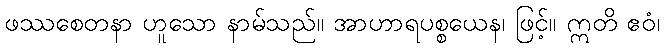
ဖဿစေတနာ ဟူသော နာမ်သည်။ အာဟာရပစ္စယေန၊ ဖြင့်။ ဣတိ ဧဝံ၊